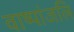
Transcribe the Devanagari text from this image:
वाष्पांजलि